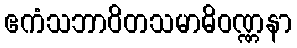
ဧကံသဘာဝိတသမာဓိဝဏ္ဏနာ